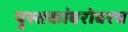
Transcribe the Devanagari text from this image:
पुस्तकांबरोबरच